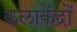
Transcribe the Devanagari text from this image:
कलाकेंद्रों